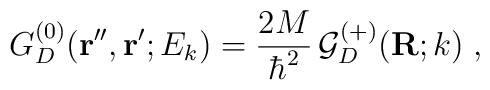
G^{(0)}_{D}({\bf r''},{\bf r'} ; E_{k}) =  \frac{2M}{\hbar^{2}}\,{\mathcal G}^{(+)} _{D} ({\bf R}; k) \;  ,